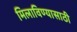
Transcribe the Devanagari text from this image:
मिलाविण्यासाठी